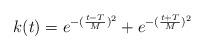
LaTeX: \begin{align*}k(t) = e^{-(\frac{t-T}{M})^2} + e^{-(\frac{t+T}{M})^2} \end{align*}